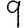
Digit: 9